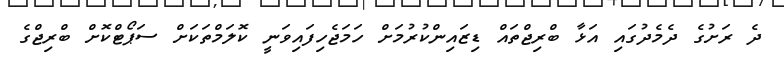
ދެ ރަށުގެ ދެމެދުގައި އަޅާ ބްރިޖްތައް ޑިޒައިންކުރުމަށް ހަމަޖެހިފައިވަނީ ކޮލަމްތަކަށް ސަޕޯޓްކޮށް ބްރިޖްގެ